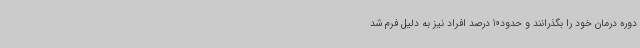
دوره درمان خود را بگذرانند و حدود10 درصد افراد نیز به دلیل فرم شد